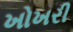
ખોખરી